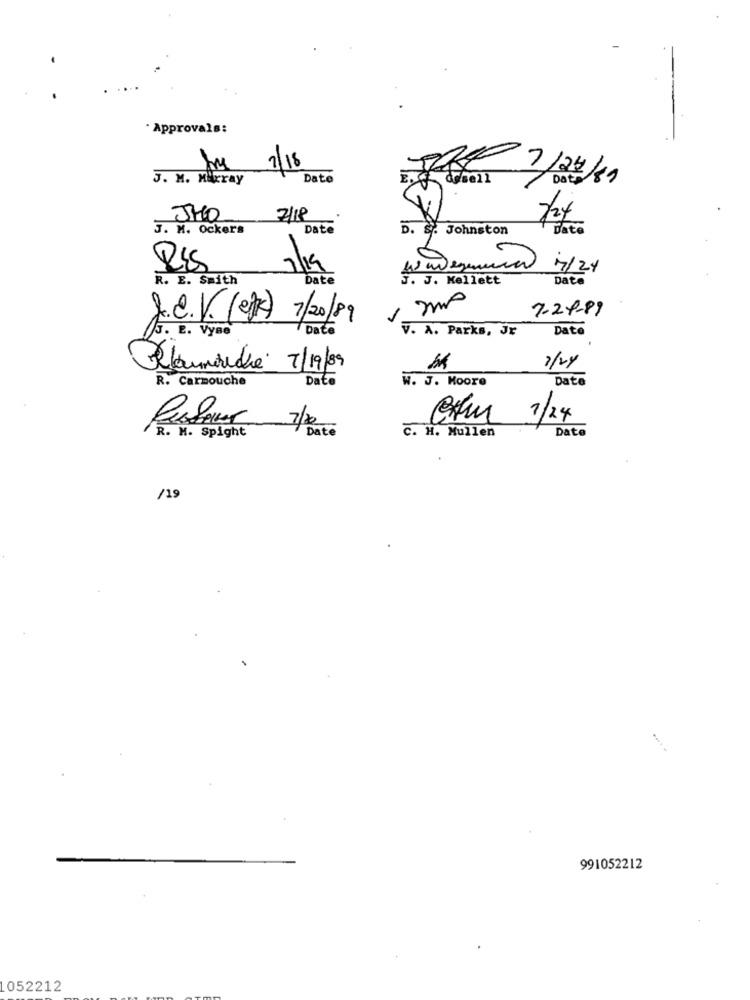
"Approvals:
7/18
J. M. MArray
Date
7/27/
JHO
7/18
J. M. Ockers
Date
D. S. Johnston
Date
1/19
7/24
R. E. Smith
Date
3. J. Kellett
Date
7-24-89
S.e.V. (et) 7/20/89
Date
V. A. Parks, Jr
Date
5. E. VyBe
1/24
Planmarché 7/19/89
Date
W. J. Moore
Date
R. Carmouche
Ctm 1/24
Dato
Date
R. M. Spight
C. H. Mullen
/19
991052212
052212